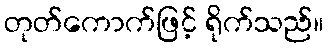
တုတ်ကောက်ဖြင့် ရိုက်သည်။